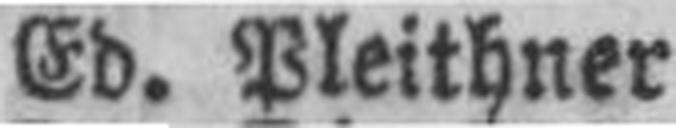
Ed. Pleithner